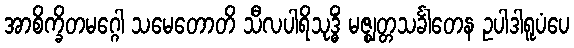
အာစိက္ခိတမဂ္ဂေါ သမေတောတိ သီလပါရိသုဒ္ဓိံ မဇ္ဈတ္တသင်္ခါတေန ဥပါဒါရူပံပေ